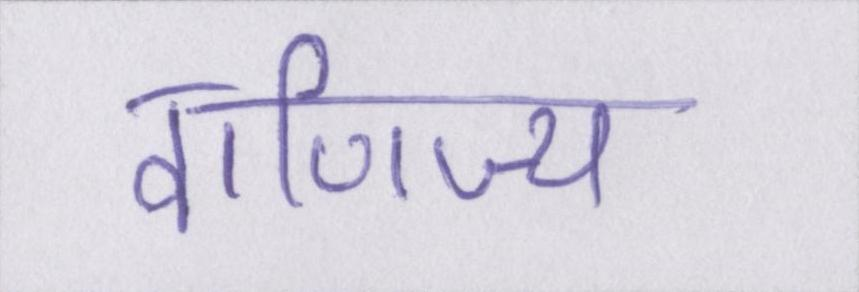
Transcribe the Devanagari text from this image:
वाणिज्य